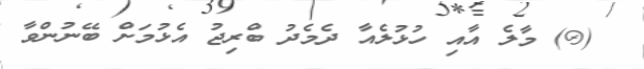
(@) މާލެ އާއި ހުޅުލެއާ ދެމެދު ބްރިޖު އެޅުމަށް ބޭނުންވާ